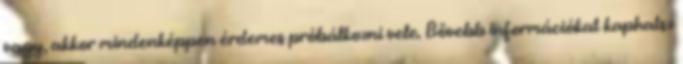
vagy, akkor mindenképpen érdemes próbálkozni vele. Bővebb információkat kaphatsz